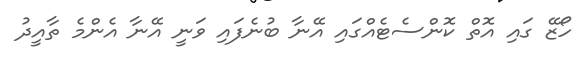
ހޯޒޭ ގައި އޮތް ކޮންސެޓެއްގައި އޭނާ ބުނެފައި ވަނީ އޭނާ އެންމެ ތާއީދު